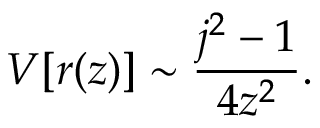
V [ r ( z ) ] \sim \frac { j ^ { 2 } - 1 } { 4 z ^ { 2 } } .